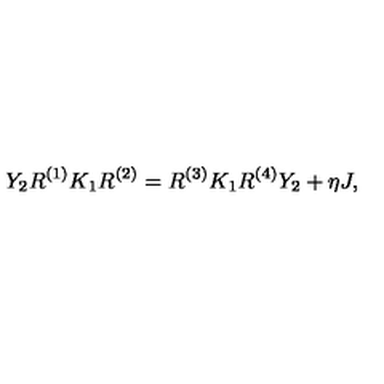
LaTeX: Y _ { 2 } R ^ { ( 1 ) } K _ { 1 } R ^ { ( 2 ) } = R ^ { ( 3 ) } K _ { 1 } R ^ { ( 4 ) } Y _ { 2 } + \eta J ,